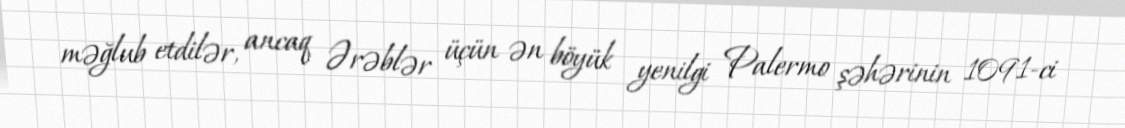
məğlub etdilər, ancaq Ərəblər üçün ən böyük yenilgi Palermo şəhərinin 1091-ci